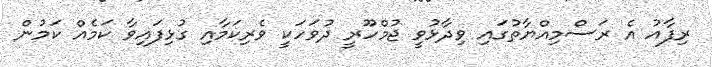
ރިފާއު އެ ރަސްމިއްޔާތުގައި ވިދާޅުވީ ޖުމްހޫރީ ދުވަހަކީ ވެރިކަމާއި ގުޅިފައިވާ ކަމެއް ކަމުން